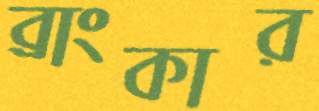
ব্রাংকার